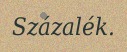
Százalék.